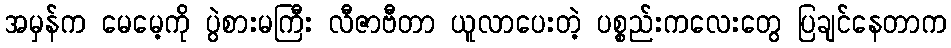
အမှန်က မေမေ့ကို ပွဲစားမကြီး လီဇာဗီတာ ယူလာပေးတဲ့ ပစ္စည်းကလေးတွေ ပြချင်နေတာက